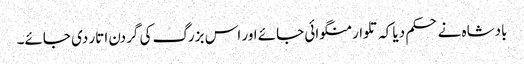
بادشاہ نے حکم دیا کہ تلوار منگوائی جائے اور اس بزرگ کی گردن اتار دی جائے۔